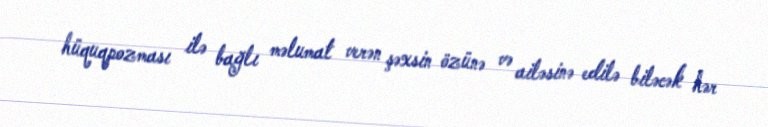
hüquqpozması ilə bağlı məlumat verən şəxsin özünə və ailəsinə edilə biləcək hər